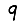
Digit: 9